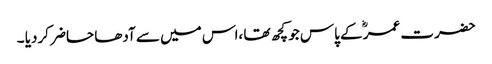
حضرت عمرؓ کے پاس جو کچھ تھا ،اس میں سے آدھا حاضر کردیا ۔